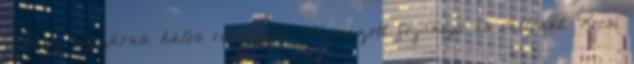
rekesz, cipzáras, hálós rekeszek. Párnázott fogantyú és vállpánt. Kocsi